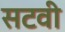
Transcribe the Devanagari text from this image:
सटवी